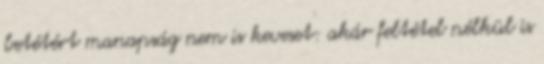
betétért manapság nem is keveset: akár feltétel nélkül is